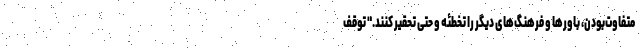
متفاوت‌بودن، باورها و فرهنگ‌های دیگر را تخطئه و حتی تحقیر کنند." توقف